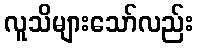
လူသိများသော်လည်း